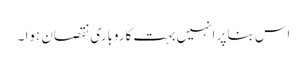
اس بنا پر انہیں بہت کاروباری نقصان ہوا ۔